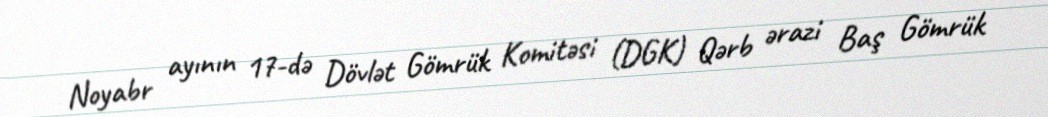
Noyabr ayının 17-də Dövlət Gömrük Komitəsi (DGK) Qərb ərazi Baş Gömrük